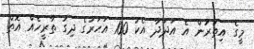
މީގެ އިތުރުން އެ އަދަދާ އެކު 100 އަހަރުގެ ދިގު ތާރީހެއް އޮތް